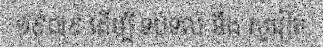
១៩៧៩ ដើម្បី ទប់ទល់ នឹង សូវៀត